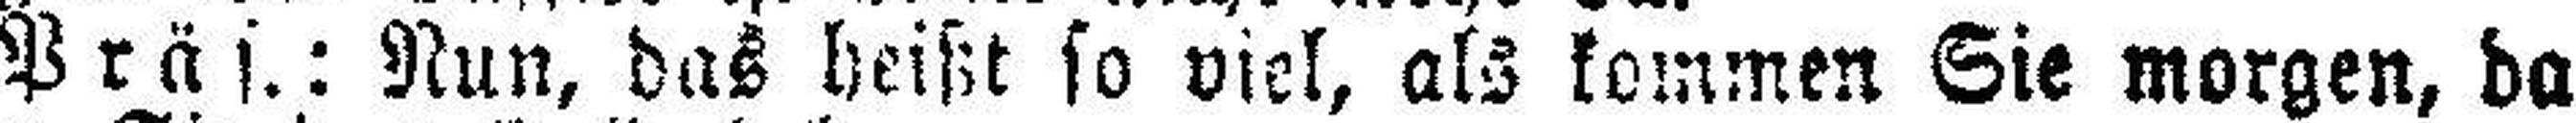
Präs.: Nun, das heißt so viel, als kommen Sie morgen, da